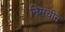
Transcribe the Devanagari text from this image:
निमचीन